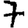
Digit: 7